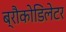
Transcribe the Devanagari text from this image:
ब्रौकोडिलेटर